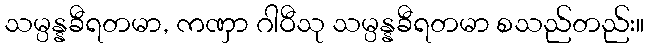
သမ္ပန္နခီရတမာ, ကဏှာ ဂါဝီသု သမ္ပန္နခီရတမာ စသည်တည်း။